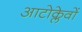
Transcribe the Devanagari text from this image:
आटोक्लेवों